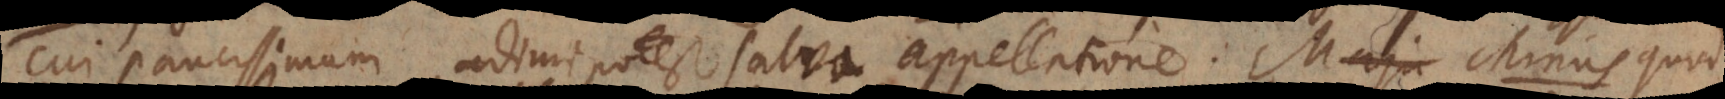
cui paucissimum adimi potest salva appellatione. Maju Minus quod